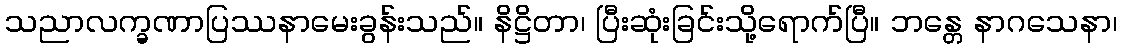
သညာလက္ခဏာပြဿနာမေးခွန်းသည်။ နိဋ္ဌိတာ၊ ပြီးဆုံးခြင်းသို့ရောက်ပြီ။ ဘန္တေ နာဂသေနာ၊